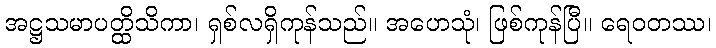
အဋ္ဌသမာပတ္ထိသိကာ၊ ရှစ်လရှိကုန်သည်။ အဟေသုံ၊ ဖြစ်ကုန်ပြီ။ ရေဝတဿ၊